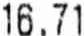
16.71